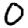
Digit: 0